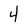
Character: 4